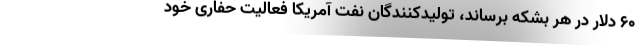
۶۰ دلار در هر بشکه برساند، تولیدکنندگان نفت آمریکا فعالیت حفاری خود